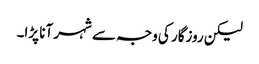
لیکن روزگار کی وجہ سے شہر آنا پڑا۔